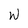
Character: W